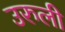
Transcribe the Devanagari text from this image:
उरुली